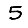
Digit: 5